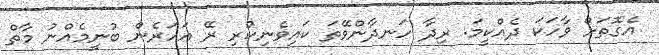
އެގޮތަށް ވާހަކަ ދެއްކީމަ. ރިދާ ހަނދާންވޭތަ ކައިވެނިކުރި ރޭ އަހަރެން ބުނީމެއްނު މާތް